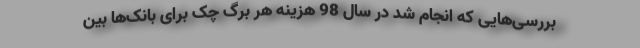
بررسی‌هایی که انجام شد در سال 98 هزینه هر برگ چک برای بانک‌ها بین